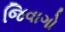
જિવાગો